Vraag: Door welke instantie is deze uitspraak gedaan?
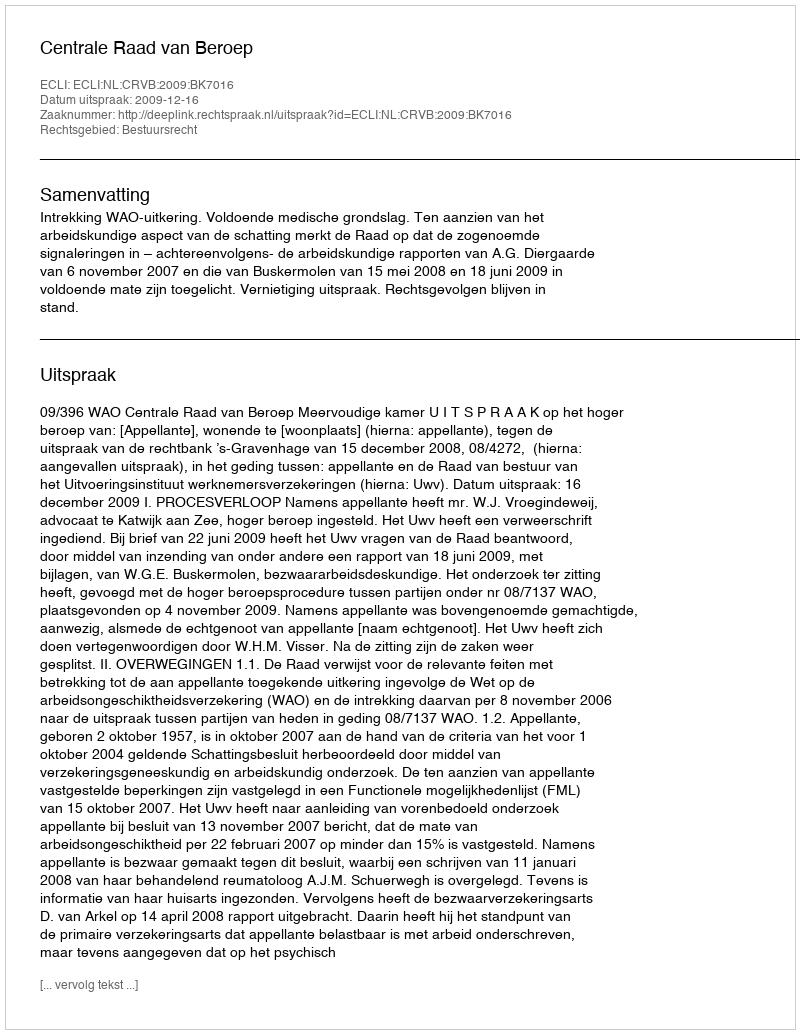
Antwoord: Centrale Raad van Beroep